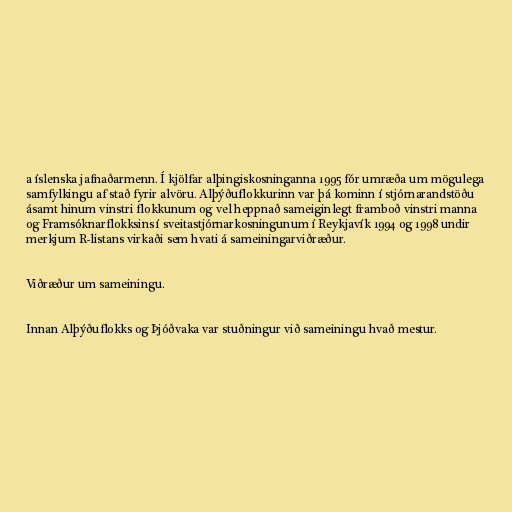
a íslenska jafnaðarmenn. Í kjölfar alþingiskosninganna 1995 fór umræða um mögulega
samfylkingu af stað fyrir alvöru. Alþýðuflokkurinn var þá kominn í stjórnarandstöðu
ásamt hinum vinstri flokkunum og vel heppnað sameiginlegt framboð vinstri manna
og Framsóknarflokksins í sveitastjórnarkosningunum í Reykjavík 1994 og 1998 undir
merkjum R-listans virkaði sem hvati á sameiningarviðræður.

Viðræður um sameiningu.

Innan Alþýðuflokks og Þjóðvaka var stuðningur við sameiningu hvað mestur.